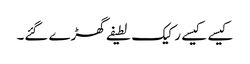
کیسے کیسے رکیک لطیفے گھڑے گئے۔